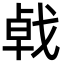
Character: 㦸